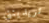
تريدينني